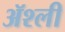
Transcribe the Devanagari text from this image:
ॲश्ली